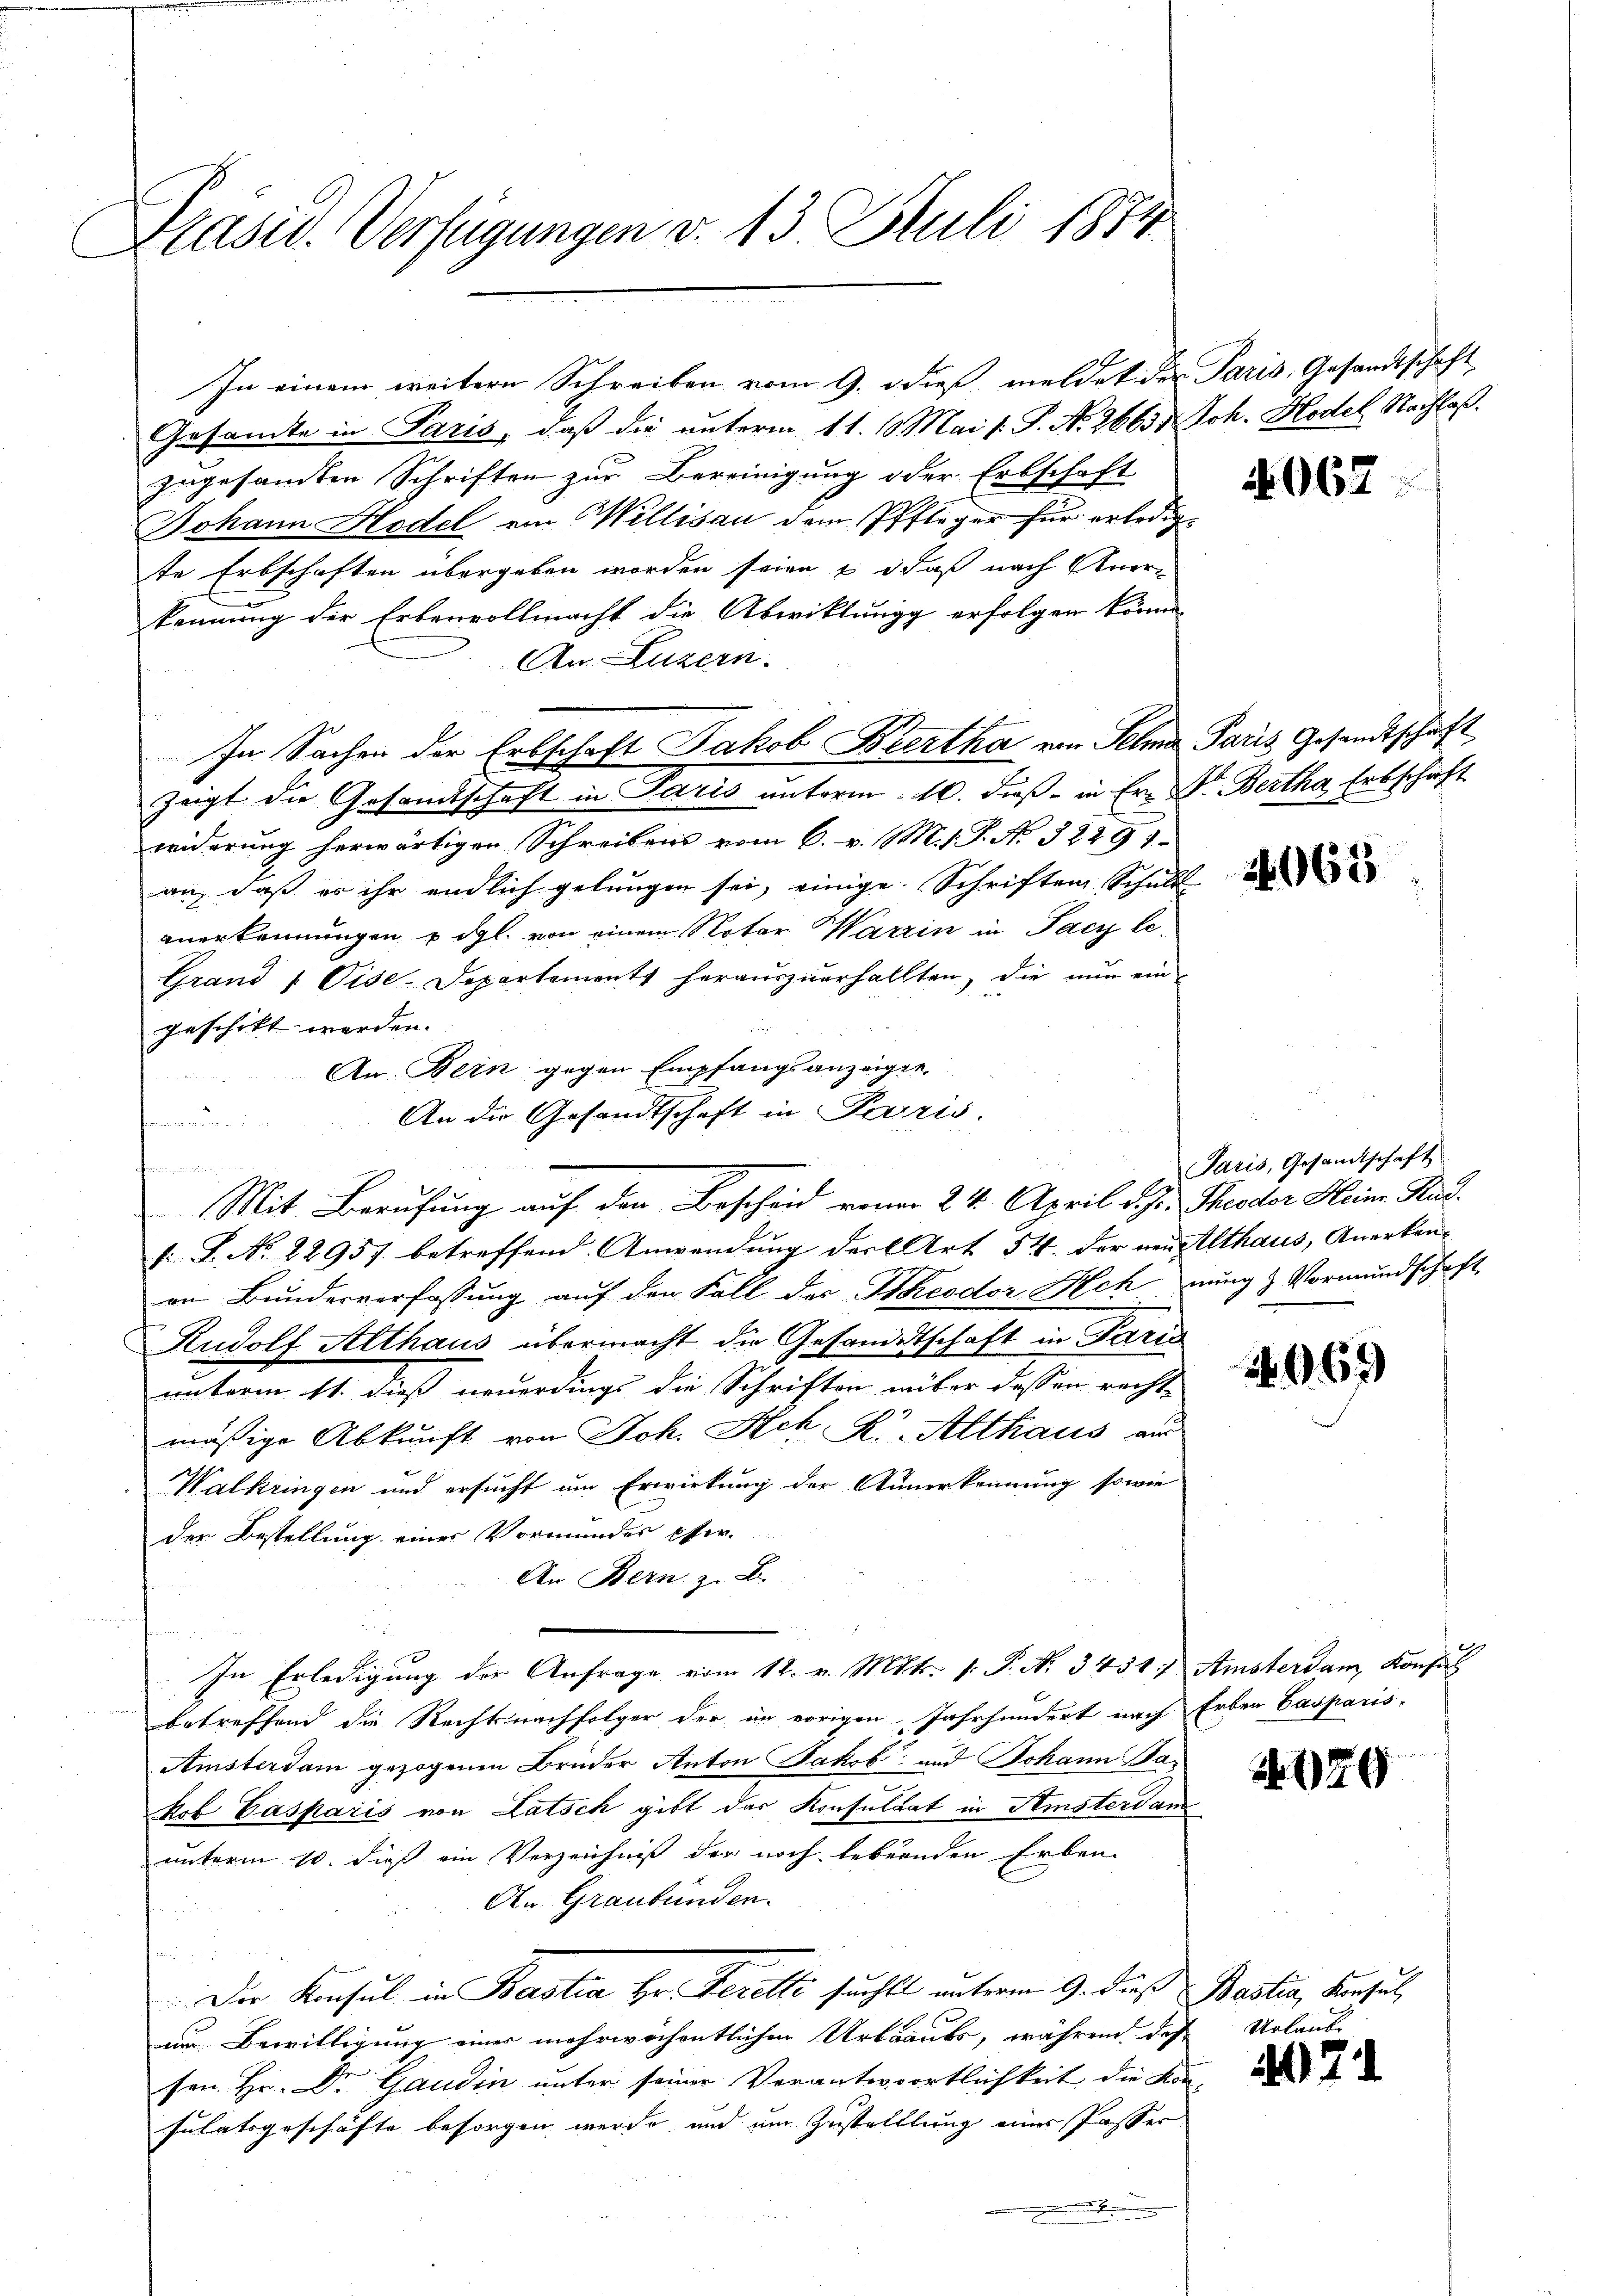
Präsid. Verfügungen v. 13 Juli 1874.

In einem weitern Schreiben vom 9. dieß, meldet der Paris, Gesandtschaft
Gesamte in Paris, daß die unterm 11. 10 Mai s. S. No. 2663. Joh. Hodel Nachlaßzugesamten Schriften zur Bereinigung oder Erbschaft
Johann Hodel von Mellisau dem Pfleger für erledigte Erbschaften übergeben worden seien & daß nach Anerkennung der Erbenvollmacht die Abwicklungg erfolgen könne.
An Luzern.
In Sachen der Erbschaft Jakob Bertha von Selna Paris Gesandtschaft
zeigt die Gesandtschaft in Paris unterm 10. dieß in Er- Dr. Bertha, Erbschaft
widerung herwärtigen Schreibens vom 6. v. M. v. J. N. 3229 1
an, daß es ihr endlich gelungen sei, einige Schriften Schuld
anerkennungen u. dgl. von einem Notar Warrin in Jacy le¬
Grand 1 Cise-Departements herauszuerhallten, die nun ein
geschikt werden. |
An Bern gegen Empfangsanzeigen
An die Gesandtschaft in Paris.

s: P. Nr. 22957. betreffend Anwendung der Art. 54. der neu Althaus, Anerken-
en Bundesverfassung auf den Fall des Theodor Hehnung & Vormundschaft
Rudolf Althaus übermacht die Gesandtschaft in Paris
unterm 11. dieß neuerdings die Schriften nüber dessen recht-
mäßige Abkunft von Joh. Ach K. Althaus an
Walkringen und ersucht um Erwirkung der Annerkennung sowie
der Bestellung einer Vormundes Ober-
An Bern z. B.
In Erledigung der Anfrage vom 12. v. Mts. v. P. N. 3451. Amsterdam Konsul
betreffend die Rechtsnachfolger der in vorigen Jahrhundert nach Erben Casparis,
Amsterdam gezogenen Brüder Anton Jakob und Johann Bakob Casparis von Latsch gibt das Konsultat in Amsterdam
unterm 10. dieß ein Verzeichniß der noch lebenden Erben
An Graubünden.
Der Konsul in Bastia Hr. Verette sucht unterm 9. dieß Bestia, Konsul,
um Bewilligung einer mehrwöchentlichen Urkrauts, während das Urlaube
sen. Hr. Dr. Gaudin unter seiner Verantwortlichkeit die Kon-
sulatsgeschäfte besorgen werde und um Zustelllung eines Passer
.

Mit Berufung auf den Bescheid von 24. April d. J. Theodor Heinr. Rud

962

4065

Paris, Gesandtschaft

1669

129

7.

.